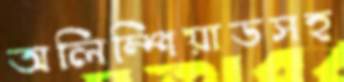
অলিম্পিয়াডসহ